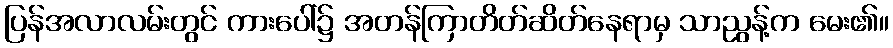
ပြန်အလာလမ်းတွင် ကားပေါ်၌ အတန်ကြာတိတ်ဆိတ်နေရာမှ သာညွန့်က မေး၏။